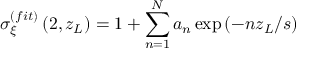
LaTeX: \sigma _ { \xi } ^ { ( f i t ) } \left( 2 , z _ { L } \right) = 1 + \sum _ { n = 1 } ^ { N } a _ { n } \exp \left( - n z _ { L } / s \right)